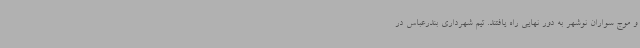
و موج سواران نوشهر به دور نهایی راه یافتند. تیم شهرداری بندرعباس در